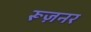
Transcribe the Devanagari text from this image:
रूज़नर